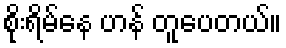
စိုးရိမ်နေ ဟန် တူပေတယ်။